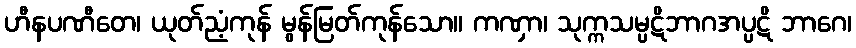
ဟီနပဏီတေ၊ ယုတ်ညံ့ကုန် မွန်မြတ်ကုန်သော။ ကဏှာ၊ သုက္ကသမ္ပဋိဘာဂအပ္ပဋိ ဘာဂေ၊